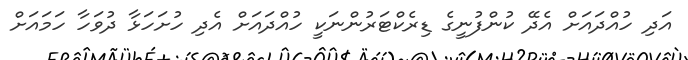
އަދި ހުއްދައަށް އެދޭ ކުންފުނީގެ ޑިރެކްޓަރުންނަކީ ހުއްދައަށް އެދި ހުށަހަޅާ ދުވަހާ ހަމައަށް